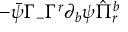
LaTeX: - \bar { \psi } \Gamma _ { - } \Gamma ^ { r } \partial _ { b } \psi \hat { \Pi } _ { r } ^ { b }